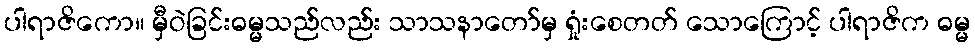
ပါရာဇိကော။ မှီဝဲခြင်းဓမ္မသည်လည်း သာသနာတော်မှ ရှုံးစေတတ် သောကြောင့် ပါရာဇိက ဓမ္မ